Vaccination in the Punjab 1867-1880 - 1867-1880
Year: 1867
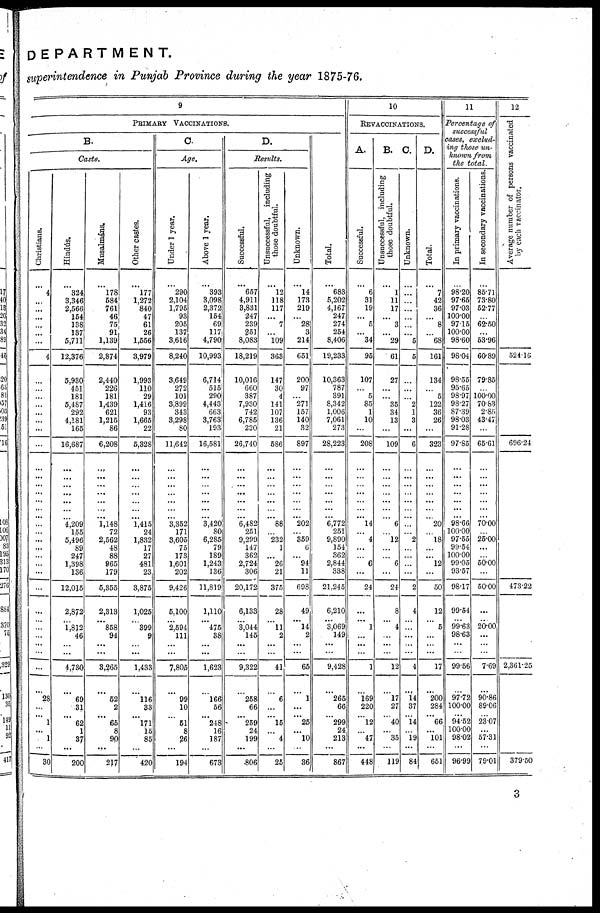
DEPARTMENT.
superintendence in Punjab Province during the year 1875-76.
9
PRIMARY VACCINATIONS.
B.
Caste.
Christians.
...
4
...
...
...
...
...
...
4
...
...
...
...
...
...
...
...
...
...
...
...
...
...
...
...
...
...
...
...
...
...
...
...
...
...
...
...
...
...
...
28
...
... 1
...
1
...
30
Hindus.
...
324
3,346
2,566
154
138
137
5,711
12,376
5,930
451
181
5,487
292
4,181
165
16,687
...
...
...
...
...
...
... 4,209
155
5,496
89
247
1,398
136
12,015
2,872
...
1,812
46
...
...
4,730
...
69
31
... 62
1
37
...
200
Musalmáns.
...
178
584
761
46
75
91
1,139
2,874
2,440
226
181
1,439
621
1,215
86
6,208
...
...
...
...
...
...
... 1,148
72
2,562
48
88
965
179
5,355
2,313
...
858
94
...
...
3,265
...
52
2
... 65
8
90
...
217
Other castes.
...
177
1,272
840
47
61
26
1,556
3,979
1,993
110
29
l,416
93
1,665
22
5,328
...
...
...
...
...
...
... 1,415
24
1,832
17
27
481
23
3,875
1,025
... 399
9
...
...
1,433
...
116
33
... 171
15
85
...
420
C.
Age.
Under 1 year.
...
290
2,104
1,795
93
205
137
3,616
8,240
3,649
272
101
3,899
343
3,298
80
11,642
...
...
...
... ...
...
... 3,352
171
3,605
75
173
1,601
202
9,426
5,100
...
2,594
111
...
...
7,805
...
99
10
...
51
8
26
...
194
Above 1 year.
...
393
3,098
2,372
154
69
117
4,790
10,993
6,714
515
290
4,443
663
3,763
193
16,581
...
...
...
... ...
...
... 3,420
80
6,285
79
189
1,243
136
11,819
1,110
...
475
38
...
...
1,623
...
166
56
... 248
16
187
...
673
D.
Results.
Successful.
...
657
4,911
3,831
247
239
251
8,083
18,219
10,016
660
387
7,930
742
6,785
220
26,740
...
...
...
...
...
...
... 6,482
251
9,299
147
362
2,724
306
20,172
6,133
...
3,044
145
...
...
9,322
...
258
66
... 259
24
199
...
806
Unsuccessful, including
those doubtful.
...
12
118
117
...
7
...
109
363
147
30
4
141
107
136
21
586
...
...
...
... ...
...
... 88
...
232
1
...
26
21
375
28
... 11
2
...
...
41
...
6
...
... 15
...
4
...
25
Unknown.
...
14
173
219
...
28
3
214
651
200
97
...
271
157
140
32
897
...
...
...
...
...
...
... 202
...
359
6
...
94
11
698
49
...
14
2
...
...
65
...
1
...
... 25
...
10
...
36
Total.
...
683
5,202
4,167
247
274
254
8,406
19,233
10,363
787
391
8,342
1.006
7,061
273
28,223
...
...
...
...
...
...
... 6,772
251
9,890
154
362
2.844
338
21,245
6,210
...
3,069
149
...
...
9,428
...
265
66
... 299
24
213
...
867
10
REVACCINATIONS.
A.
Successful.
...
6
31
19
...
5
...
34
95
107
...
5
85
1
10
...
208
...
...
...
...
...
...
... 14
...
4
...
...
6
...
24
...
...
1
...
...
...
1
...
169
220
... 12
...
47
...
448
B.
Unsuccessful, including
those doubtful.
...
1
11
17
...
3
...
29
61
27
...
...
35
34
13
...
109
...
...
...
... ...
...
... 6
...
12
...
...
6
...
24
8
...
4
...
...
...
12
...
17
27
... 40
...
35
...
119
C.
Unknown.
...
...
...
...
...
...
...
5
5
...
...
...
2
1
3
...
6
...
...
...
...
...
...
...
...
...
2
...
...
...
...
2
4
...
...
...
...
...
4
...
14
37
... 14
...
19
...
84
D.
Total.
...
7
42
36
...
8
...
68
161
134
...
5
122
36
26
...
323
...
...
...
... ...
...
... 20
...
18
...
...
12
...
50
12
... 5
...
...
...
17
...
200
284
... 66
...
101
...
651
11
Percentage of
successful
cases, exclud-
ing those un-
known from
the total.
In primary vaccinations.
...
98.20
97.65
97.03
100.00
97.15
100.00
98.60
98.04
98.55
95.65
98.97
98.27
87.39
98.03
91.28
97.85
...
...
...
... ...
...
... 98.66
100.00
97.55
99.54
100.00
99.05
93.57
98.17
99.54
...
99.63
98.63
...
...
99.56
...
97.72
100.00
...
94.52
100.00
98.02
...
96.99
In secondary vaccinations.
...
85.71
73.80
52.77
...
62.50
...
53.96
60.89
79.85
...
100.00
70.83
2.85
43.47
...
65.61
...
...
...
... ...
...
... 70.00
...
25.00
...
...
50.00
...
50.00
...
...
20.00
...
...
...
7.69
...
90.86
89.06
... 23.07
...
57.31
...
79.01
12
Average number of persons vaccinated
by each vaccinator.
524.16
696.24
473.22
2,361.25
379.50
3